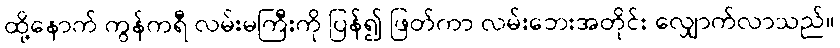
ထို့နောက် ကွန်ကရီ လမ်းမကြီးကို ပြန်၍ ဖြတ်ကာ လမ်းဘေးအတိုင်း လျှောက်လာသည်။